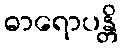
ဓာရောပန္တိ